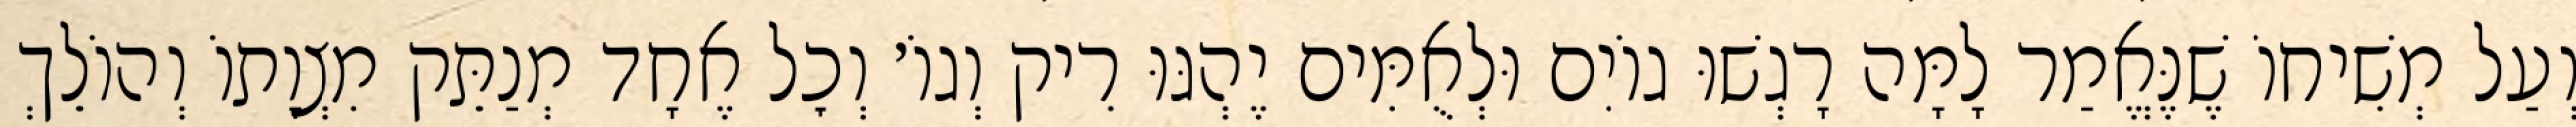
וְעַל מְשִׁיחוֹ שֶׁנֶּאֱמַר לָמָּה רָגְשׁוּ גוֹיִם וּלְאֻמִּים יֶהְגּוּ רִיק וְגוֹ׳ וְכׇל אֶחָד מְנַתֵּק מִצְוָתוֹ וְהוֹלֵךְ